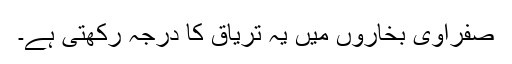
صفراوی بخاروں میں یہ تریاق کا درجہ رکھتی ہے۔